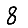
Digit: 8